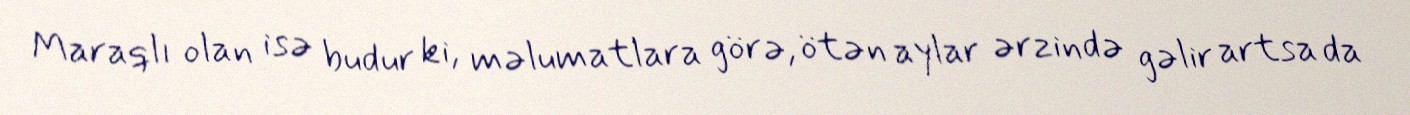
Maraqlı olan isə budur ki, məlumatlara görə, ötən aylar ərzində gəlir artsa da